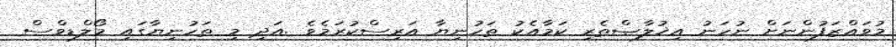
މުވައްޒަފުންނަށް ނުހަނު އިޚުލާޞްތެރި ކަމާއެކު ތަހުނިޔާ އަރިސްކުރަމެވެ .އަދި މި ތަހުނިޔާގައި މޯލްޑިވްސް